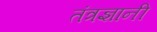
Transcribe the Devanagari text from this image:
तंत्रज्ञानी